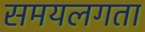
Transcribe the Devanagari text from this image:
समयलगता